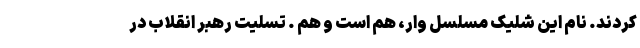
کردند. نام این شلیک مسلسل وار، هم است و هم . تسلیت رهبر انقلاب در